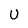
Character: U